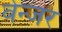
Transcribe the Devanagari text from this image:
वेन्जर